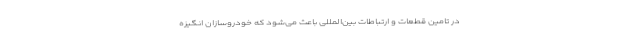
در تامین قطعات و ارتباطات بین‌المللی باعث می‌شود که خودروسازان انگیزه